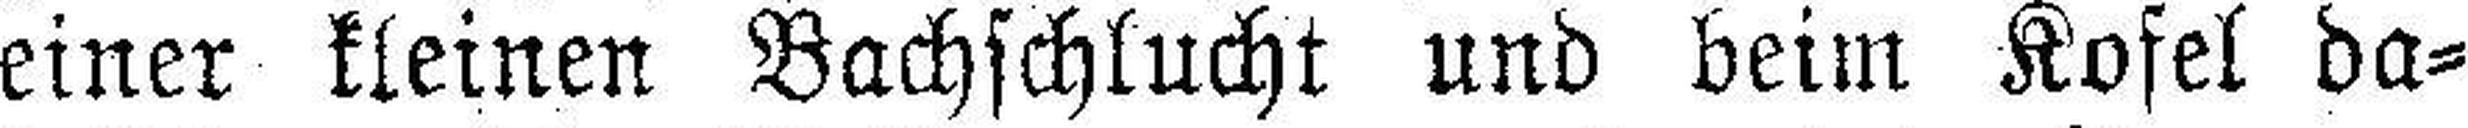
einer kleinen Bachschlucht und beim Kofel da¬